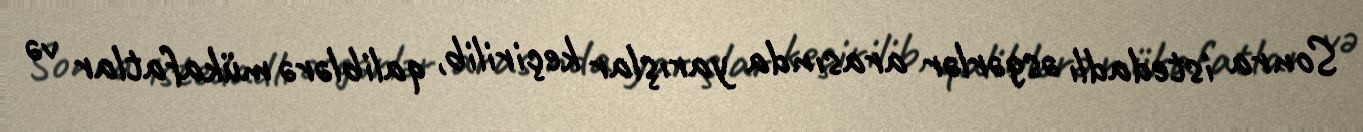
Sonra istedadlı əsgərlər arasında yarışlar keçirilib, qaliblərə mükafatlar və